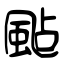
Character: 颭